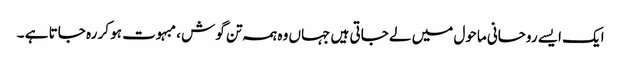
ایک ایسے روحانی ماحول میں لے جاتی ہیں جہاں وہ ہمہ تن گوش ، مبہوت ہو کر رہ جاتا ہے ۔